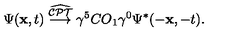
\Psi ( { \bf x } , t ) \stackrel { \widehat { \cal C P T } } \longrightarrow \gamma ^ { 5 } C O _ { 1 } \gamma ^ { 0 } \Psi ^ { * } ( - { \bf x } , - t ) .